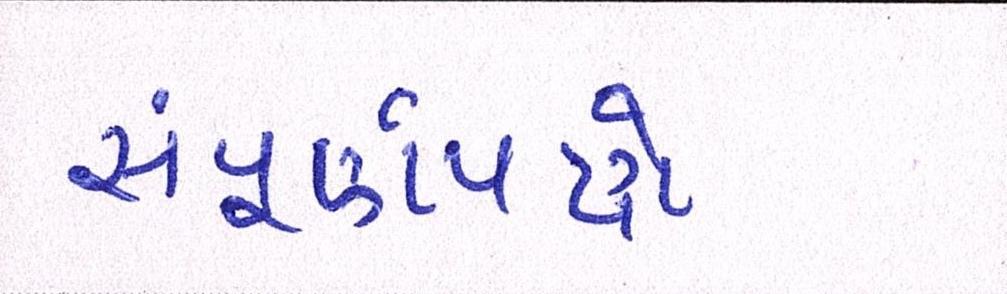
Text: સંપૂર્ણપણે